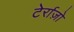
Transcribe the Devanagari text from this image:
टेर्राज़ो